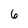
Character: 6